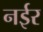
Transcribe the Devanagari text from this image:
नईर